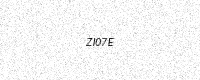
Text: ZI07E